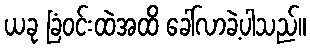
ယခု ခြံဝင်းထဲအထိ ခေါ်လာခဲ့ပါသည်။